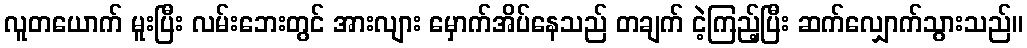
လူတယောက် မူးပြီး လမ်းဘေးတွင် အားလျား မှောက်အိပ်နေသည် တချက် ငဲ့ကြည့်ပြီး ဆက်လျှောက်သွားသည်။